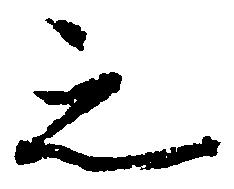
之